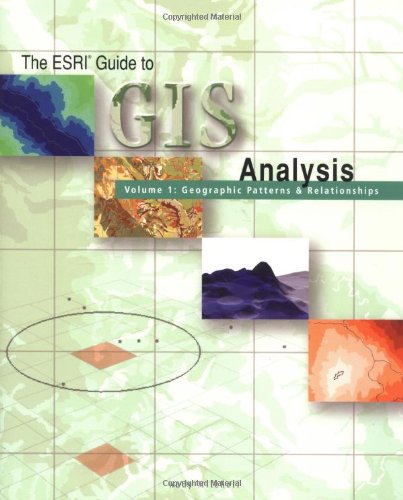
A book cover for The ESRI Guide to GIS Analysis Volume 1: Geographic Patterns & Relationships; Andy Mitchell; Computers & Technology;